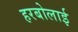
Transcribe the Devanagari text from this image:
हरबोलाई